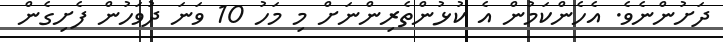
ދަށުންނެވެ. އެހެންކަމުން އެ ކުޅުންތެރިންނަށް މި މަހު 10 ވަނަ ދުވަހުން ފެށިގެން